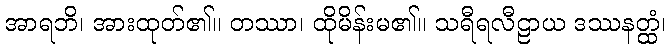
အာရဘိ၊ အားထုတ်၏။ တဿာ၊ ထိုမိန်းမ၏။ သရီရလီဠာယ ဒဿနတ္ထံ၊